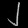
Digit: ၂